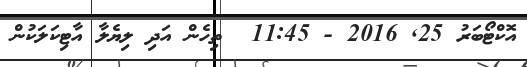
އޮކްޓޯބަރު 25